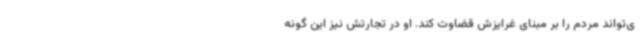
ی‌تواند مردم را بر مبنای غرایزش قضاوت کند. او در تجارتش نیز این گونه